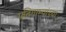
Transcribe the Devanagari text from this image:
प्रतिगाम्यांच्या